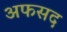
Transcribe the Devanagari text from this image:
अफसद